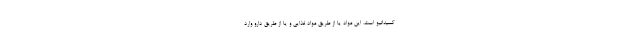
کسیداتیو است. این مواد یا از طریق مواد غذایی و یا از طریق دارو وارد